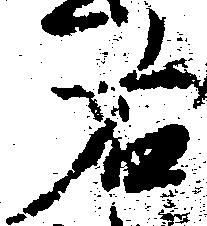
右